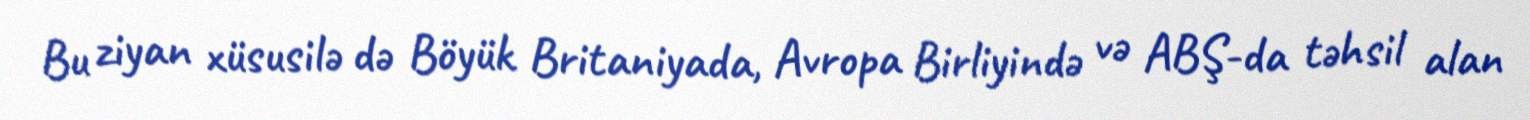
Bu ziyan xüsusilə də Böyük Britaniyada, Avropa Birliyində və ABŞ-da təhsil alan